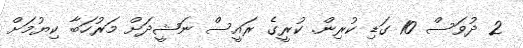
2 ދުވަސް 10 ގަޑި ކުރިން. ކުރީގެ ރައީސް ނަޝީދަށް މަރުހަބާ ކިޔުމަށް